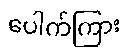
ပေါက်ကြား